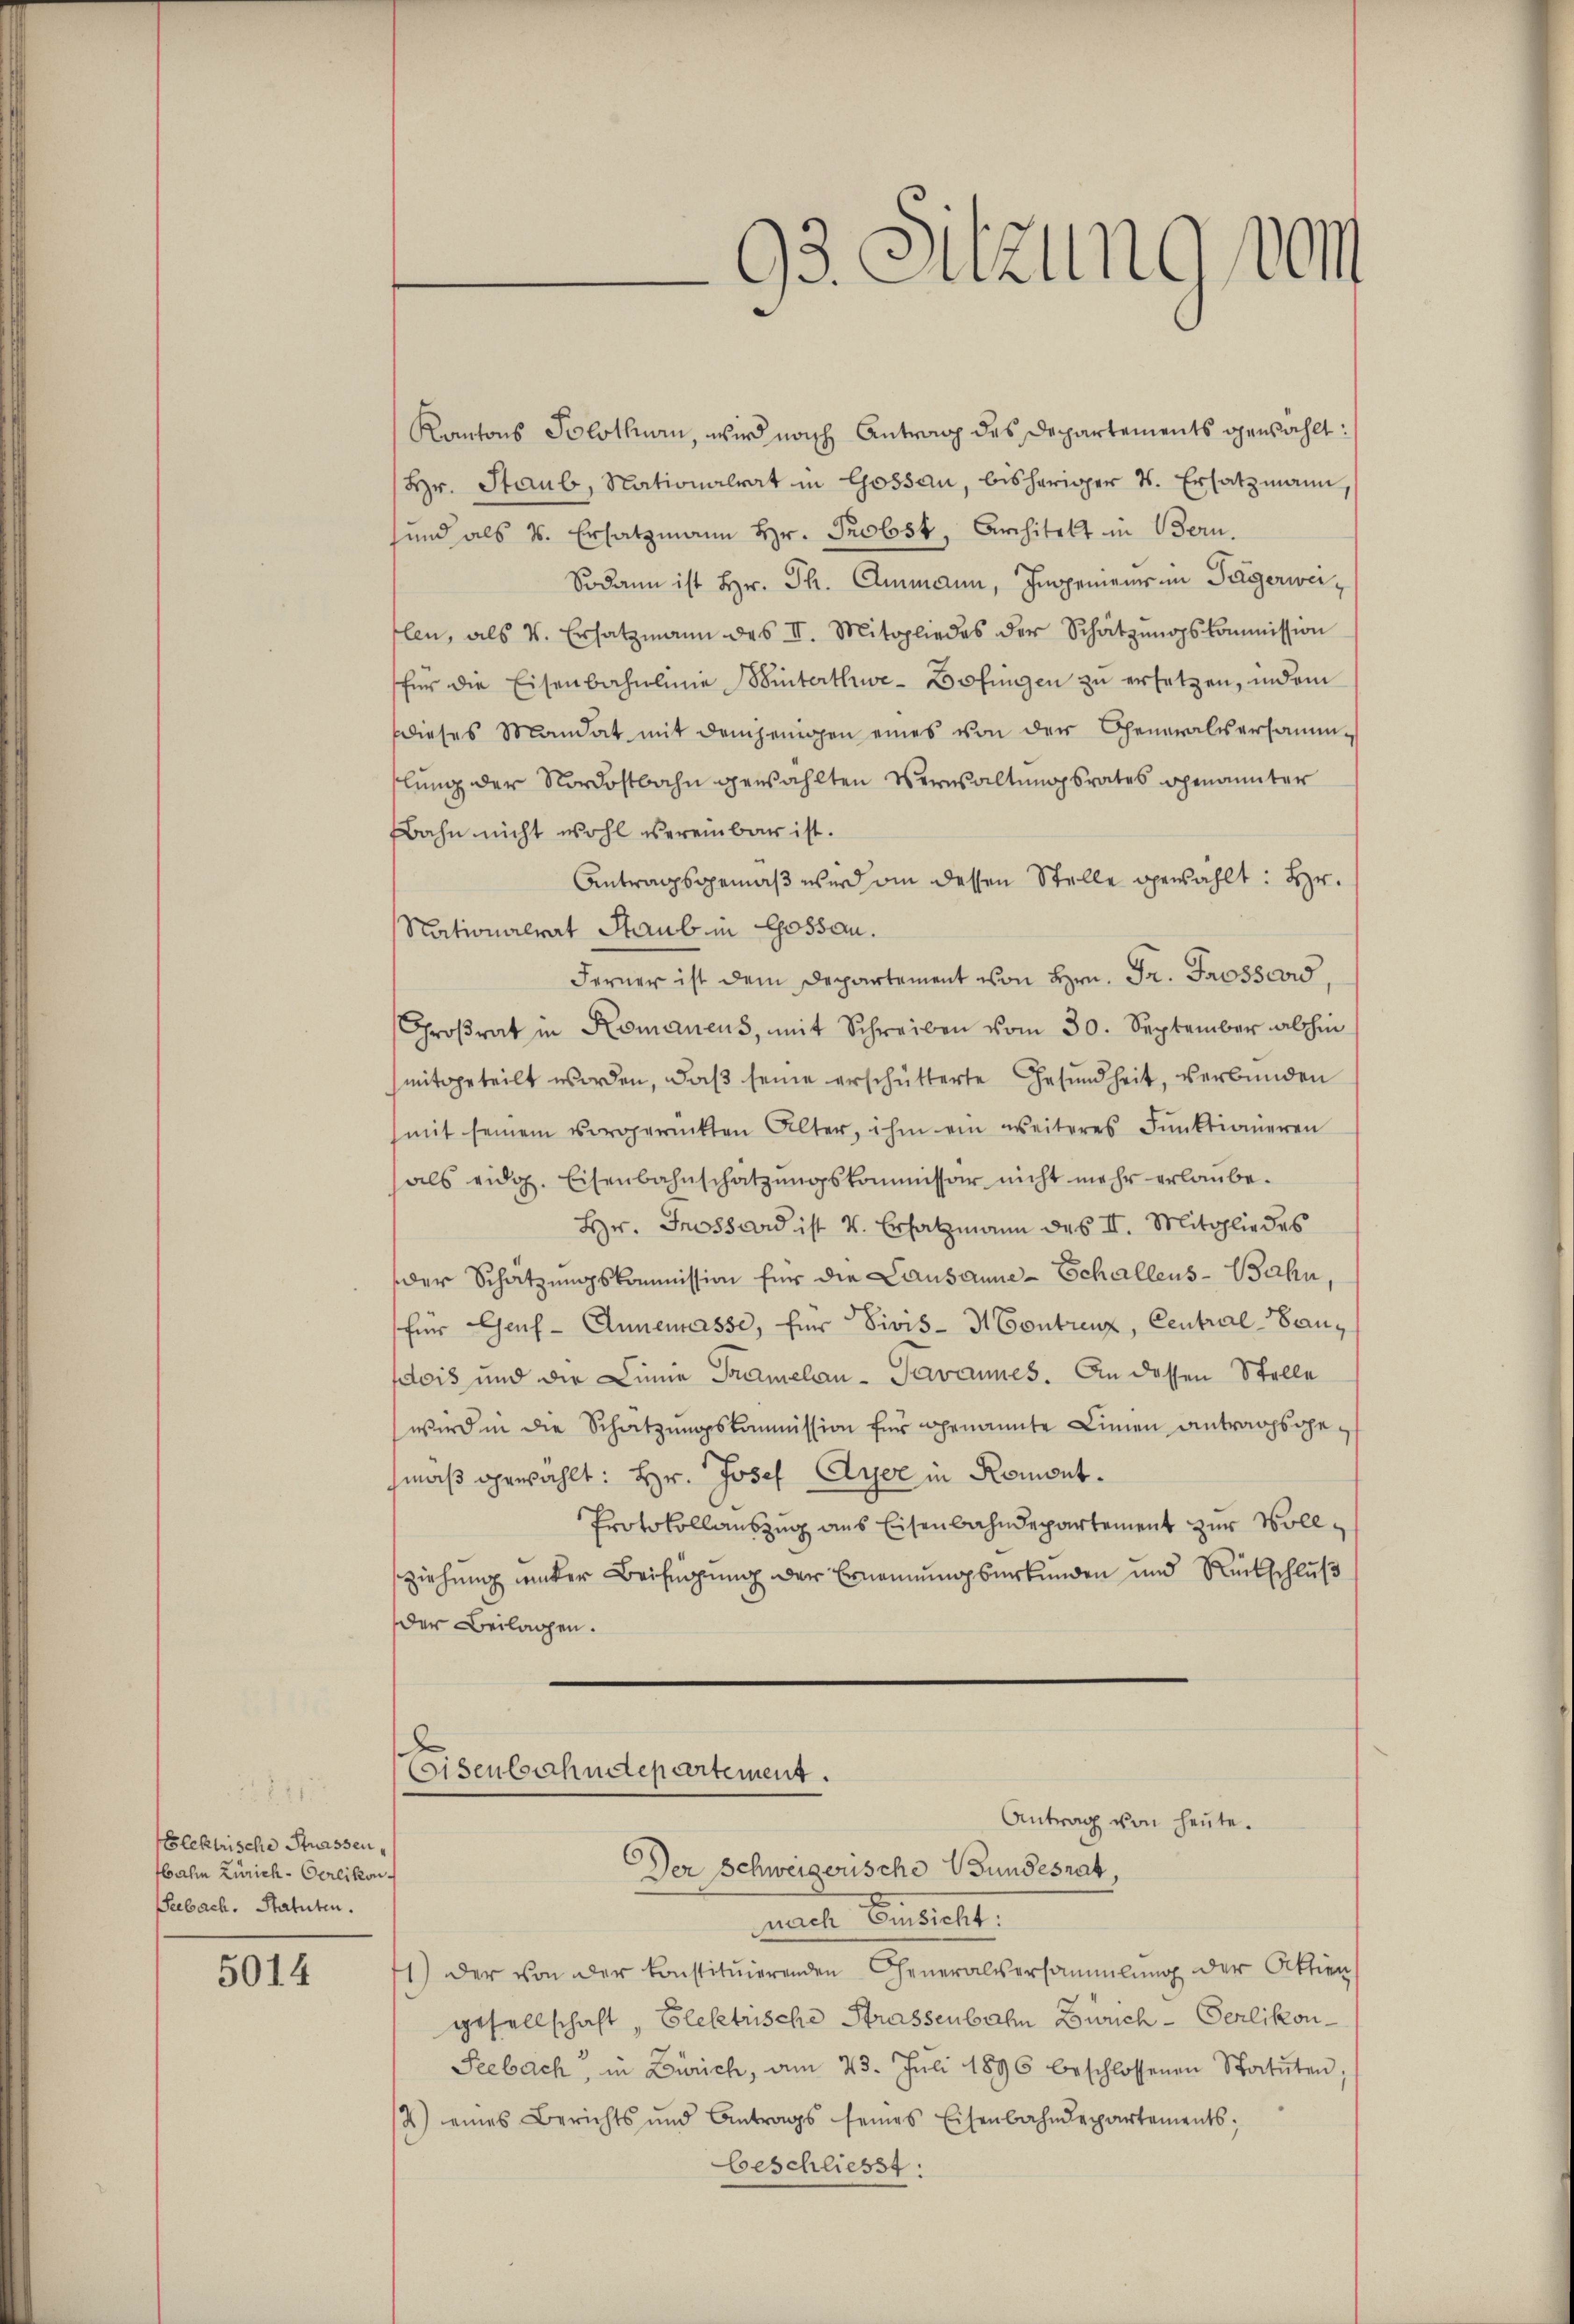
Elektrische Strassen,
Hahn Zürich-Oerlikon.
Seebach. Statuten.

5014

93. Sitzung vo

Kantons Solothurn, wird nach Antrag des Departements gewählt:
(Hr. Staub, Nationalrat in Gossau, bisheriger 4. Ersatzmann
sind als s. Ersatzmann Hr. Probst, Architekt in Bern.
Sodann ist Hr. Ph. Ammann, Ingenieurs in Tägerweilen, als V. Ersatzmann des II. Mitgliedes der Schätzungskommission
für die Eisenbahnlinie Winterthuwe- Zofingen zu ersetzen, indem
Dieses Mandat mit demjenigen eines von der Generalversammslung der Nordostbahn gewählten Verwaltungsrates genannter
Bahn nicht wohl vereinbar ist.
Antragsgemäß wird an dessen Stelle gewählt: Hr.
Nationalrat Staub in Gossau.
Ferner ist dem Departement von Hrn. Fr. Trossard
Groβrat in Romanens, mit Schreiben vom 30. September abhin
mitgeteilt worden, daβ seine erschütterte Gesundheit, verbunden
(mit seinem vorgerückten Alter, ihm ein weiteres Funktionieren
als eidg. Eisenbahnschatzŭngskommissor nicht mehr erlaube.
Hr. Grossard ist v. Ersatzmann des II. Mitgliedes
der Schätzungskommission für die Lausanne - Schallens-Bahn
für Genf - Annemasse, für Divis - H Contrenz, Central-Bandois und die Linie Tramelan- Pavannes. An dessen Stelle
wird in die Schatzungskommission für genannte Linien antragsgemaß gewählt: Hr. Josef Ayer in Romont¬
Protokollauszug aus Eisenbahndepartement zur Vollziehung unter Beifügung der Ernennungsurkunden und Rückschluß
der Beilagen.

x
Eisenbahndepartement.
Antrag von heute.
Der Schweizerische Bundesrat

warte Einsicht.
1) der von der konstituierenden Generalsersammlung der Aktien
gesellschaft, Elektrische Strassenbahn Zürich-Serlikon
Seebach, in Zürich, am 23. Juli 1896 beschlossenen Statuten
4) eines Berichts und Antrags seines Eisenbahndepartements.
beschliesst: